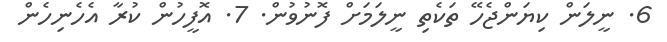
6. ނީލަން ކިޔަންޖެހޭ ތަކެތި ނީލަމަށް ފޮނުވުން. 7. އޮފީހުން ކުރާ އެހެނިހެން